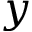
y